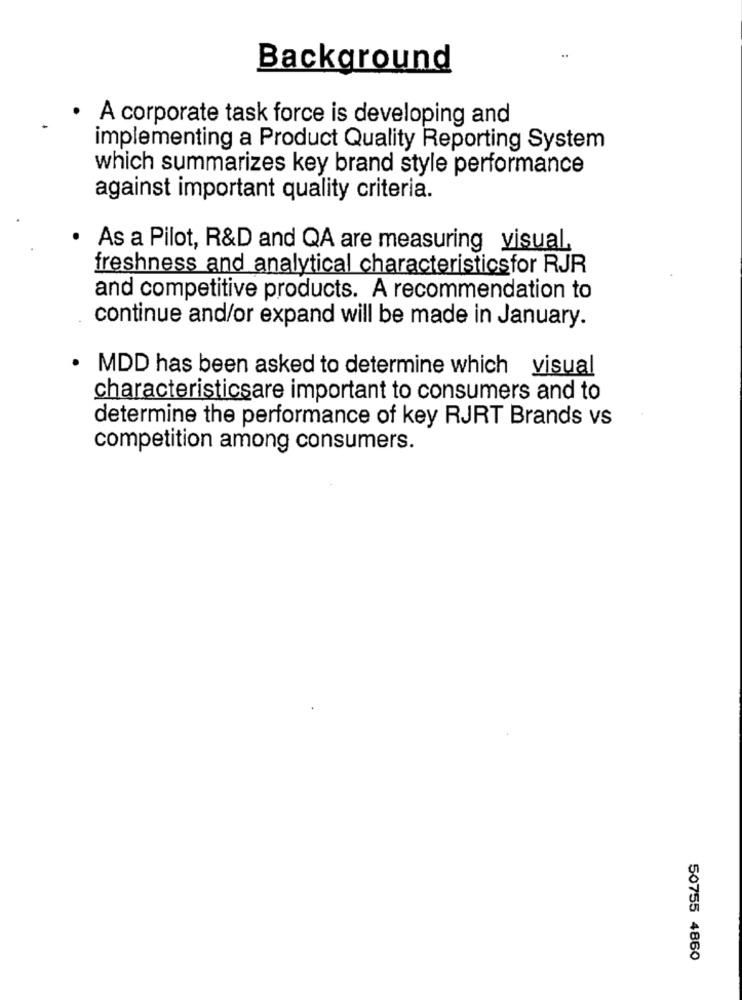
Background
· A corporate task force is developing and
implementing a Product Quality Reporting System
which summarizes key brand style performance
against important quality criteria.
.
As a Pilot, R&D and QA are measuring visual,
freshness and analytical characteristicsfor RJR
and competitive products. A recommendation to
continue and/or expand will be made in January.
.
MDD has been asked to determine which visual
characteristicsare important to consumers and to
determine the performance of key RJRT Brands vs
competition among consumers.
50755 4860